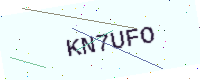
Text: KN7UFO